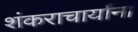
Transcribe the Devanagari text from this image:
शंकराचार्यांना